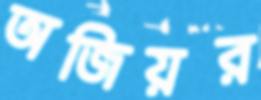
অজিয়র